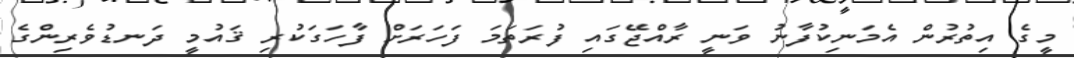
މީގެ އިތުރުން އެމަނިކުފާނު ވަނީ ރާއްޖޭގައި ފުރަތަމަ ފަހަރަށް ފާހަގަކުރި ޤައުމީ ދަނޑުވެރިންގެ